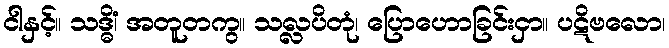
ငါနှင့်။ သဒ္ဓိံ၊ အတူတကွ။ သလ္လပိတုံ၊ ပြောဟောခြင်းငှာ။ ပဋိဗလော၊